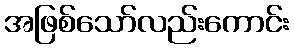
အဖြစ်သော်လည်းကောင်း